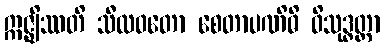
ဣဇ္ဈိဿတိ သီလဝတော စေတာပဏိဓိ ဝိသုဒ္ဓတ္တာ